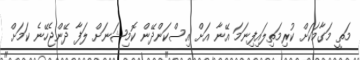
މަތީ މަގާމަކަށް ކުރިމަތިލައިފިނަމަ އޭނާ އަށް އިސްކަންދޭން ކޮމިޝަނަށް ލަފާ ދޭންޖެހޭނެ ކަމަށް